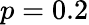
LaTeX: p=0.2